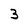
Character: 3